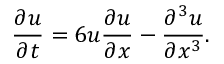
{ \frac { \partial u } { \partial t } } = 6 u { \frac { \partial u } { \partial x } } - { \frac { \partial ^ { 3 } u } { \partial x ^ { 3 } } } .